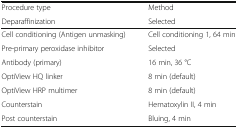
<table><thead><tr><td><b>Procedure type</b></td><td><b>Method</b></td></tr><tr><td><b>Deparaffinization</b></td><td><b>Selected</b></td></tr></thead><tbody><tr><td>Cell conditioning (Antigen unmasking)</td><td>Cell conditioning 1, 64 min</td></tr><tr><td>Pre-primary peroxidase inhibitor</td><td>Selected</td></tr><tr><td>Antibody (primary)</td><td>16 min, 36 °C</td></tr><tr><td>OptiView HQ linker</td><td>8 min (default)</td></tr><tr><td>OptiView HRP multimer</td><td>8 min (default)</td></tr><tr><td>Counterstain</td><td>Hematoxylin II, 4 min</td></tr><tr><td>Post counterstain</td><td>Bluing, 4 min</td></tr></tbody></table>